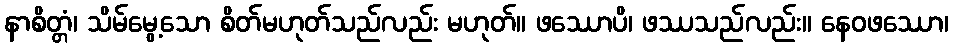
နာစိတ္တံ၊ သိမ်မွေ့သော စိတ်မဟုတ်သည်လည်း မဟုတ်။ ဖဿောပိ၊ ဖဿသည်လည်း။ နေဝဖဿော၊